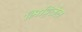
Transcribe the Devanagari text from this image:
मिट्टितेल